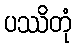
ပဿိတုံ